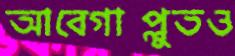
আবেগাপ্লুতও